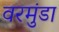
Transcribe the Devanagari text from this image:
वरमुंडा